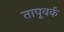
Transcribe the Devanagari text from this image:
तापूवर्क